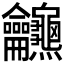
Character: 𪛖